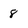
Character: 8